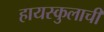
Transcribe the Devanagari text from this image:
हायस्कुलाची